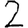
Digit: 2